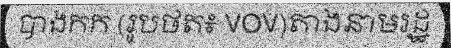
បាងកក (រូបថត៖ VOV)តាងនាមរដ្ឋ